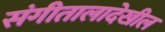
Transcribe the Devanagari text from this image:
संगीतालादेखील